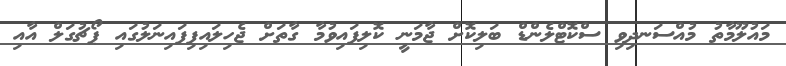
މައުލޫމާތު މުއްސަނދިވި ސްކޮޓްލެންޑް ބަލިކޮށް ޖާމަނީ ކޮލިފައިވުމާ ގާތަށް ޖެހިލައިފިފައިނަލުގައި ޕޯޗުގަލް އާއި